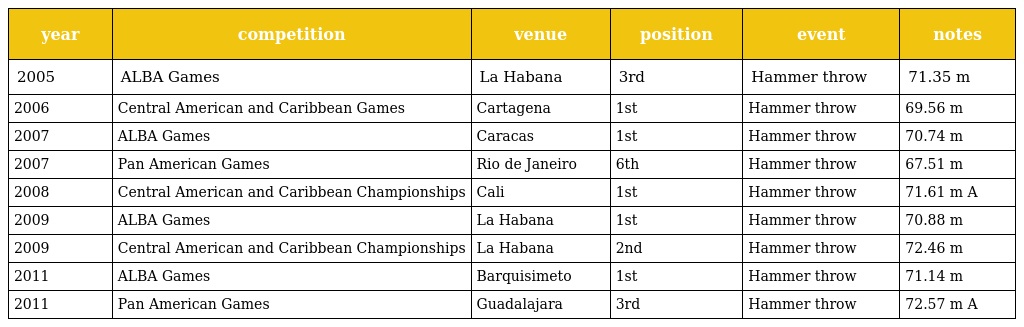
| year | competition | venue | position | event | notes |
 | --- | --- | --- | --- | --- | --- |
 | 2005 | ALBA Games | La Habana | 3rd | Hammer throw | 71.35 m |
 | 2006 | Central American and Caribbean Games | Cartagena | 1st | Hammer throw | 69.56 m |
 | 2007 | ALBA Games | Caracas | 1st | Hammer throw | 70.74 m |
 | 2007 | Pan American Games | Rio de Janeiro | 6th | Hammer throw | 67.51 m |
 | 2008 | Central American and Caribbean Championships | Cali | 1st | Hammer throw | 71.61 m A |
 | 2009 | ALBA Games | La Habana | 1st | Hammer throw | 70.88 m |
 | 2009 | Central American and Caribbean Championships | La Habana | 2nd | Hammer throw | 72.46 m |
 | 2011 | ALBA Games | Barquisimeto | 1st | Hammer throw | 71.14 m |
 | 2011 | Pan American Games | Guadalajara | 3rd | Hammer throw | 72.57 m A |